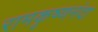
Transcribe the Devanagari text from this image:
रामकृष्णनंदा